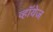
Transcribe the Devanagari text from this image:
व्हॉयेज